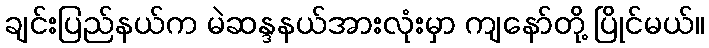
ချင်းပြည်နယ်က မဲဆန္ဒနယ်အားလုံးမှာ ကျနော်တို့ ပြိုင်မယ်။